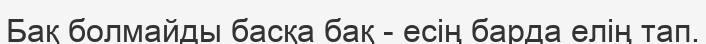
Бақ болмайды басқа бақ - есің барда елің тап.